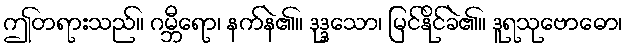
ဤတရားသည်။ ဂမ္ဘီရော၊ နက်နဲ၏။ ဒုဒ္ဒသော၊ မြင်နိုင်ခဲ၏။ ဒူရသုဗောဓော၊